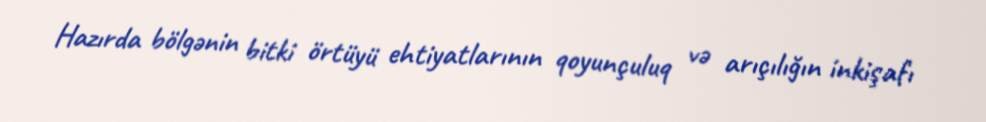
Hazırda bölgənin bitki örtüyü ehtiyatlarının qoyunçuluq və arıçılığın inkişafı